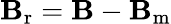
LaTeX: \mathbf{B}_{\mathrm{r}}=\mathbf{B}-\mathbf{B}_{\mathrm{m}}